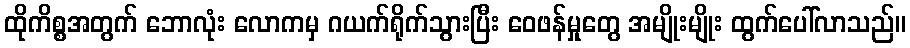
ထိုကိစ္စအတွက် ဘောလုံး လောကမှ ဂယက်ရိုက်သွားပြီး ဝေဖန်မှုတွေ အမျိုးမျိုး ထွက်ပေါ်လာသည်။